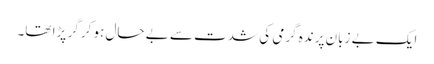
ایک بے زبان پرندہ گرمی کی شدت سے بے حال ہو کر گر پڑا تھا۔